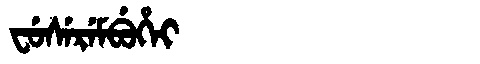
Manchu: ᠸᡠᠰᡝᡵᡝᠮᠪᡠᡥᡝᡳ
Romanization: FUSEREMBUHEI